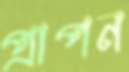
প্রাপন